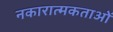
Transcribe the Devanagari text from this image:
नकारात्मकताओं